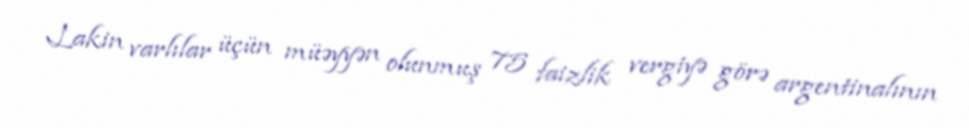
Lakin varlılar üçün müəyyən olunmuş 75 faizlik vergiyə görə argentinalının